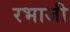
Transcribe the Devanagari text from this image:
रभाजी